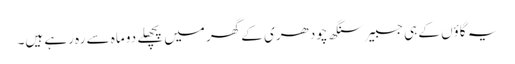
یہ گاؤں کے ہی جسبیر سنگھ چودھری کے گھر میں پچھلے دو ماہ سے رہ رہے ہیں۔